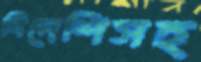
বিদেশিসহ